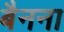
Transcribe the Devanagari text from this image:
बैनना